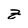
Character: z